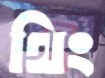
থিং